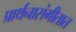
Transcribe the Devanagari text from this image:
प्रार्थनासंगीतात